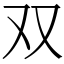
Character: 双